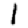
Digit: 1